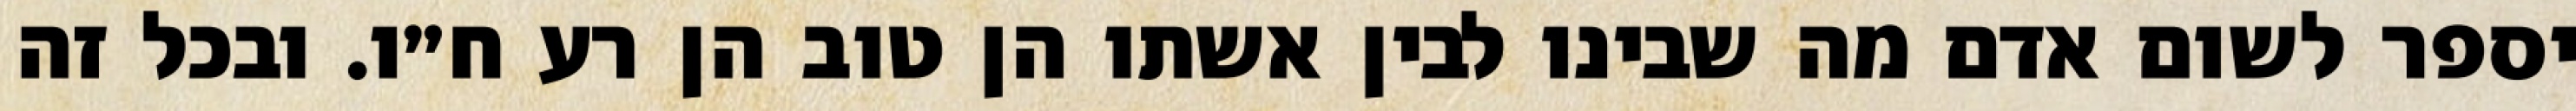
יספר לשום אדם מה שבינו לבין אשתו הן טוב הן רע ח״ו. ובכל זה